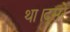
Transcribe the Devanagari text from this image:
था।दूसरे